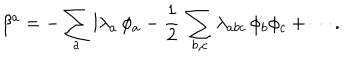
\beta ^ { a } = - \sum _ { a } l \lambda _ { a } \, \phi _ { a } - \frac { 1 } { 2 } \, \sum _ { b , c } \lambda _ { a b c } \, \phi _ { b } \phi _ { c } + \cdots .